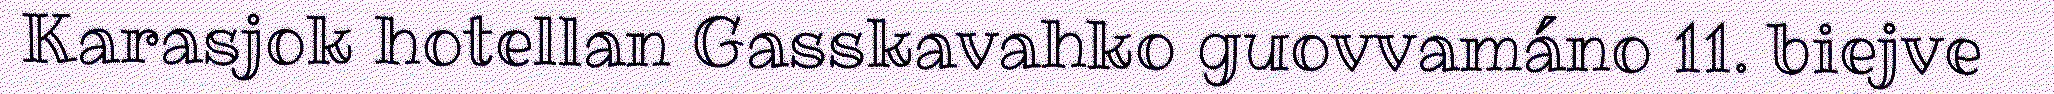
Karasjok hotellan Gasskavahko guovvamáno 11. biejve